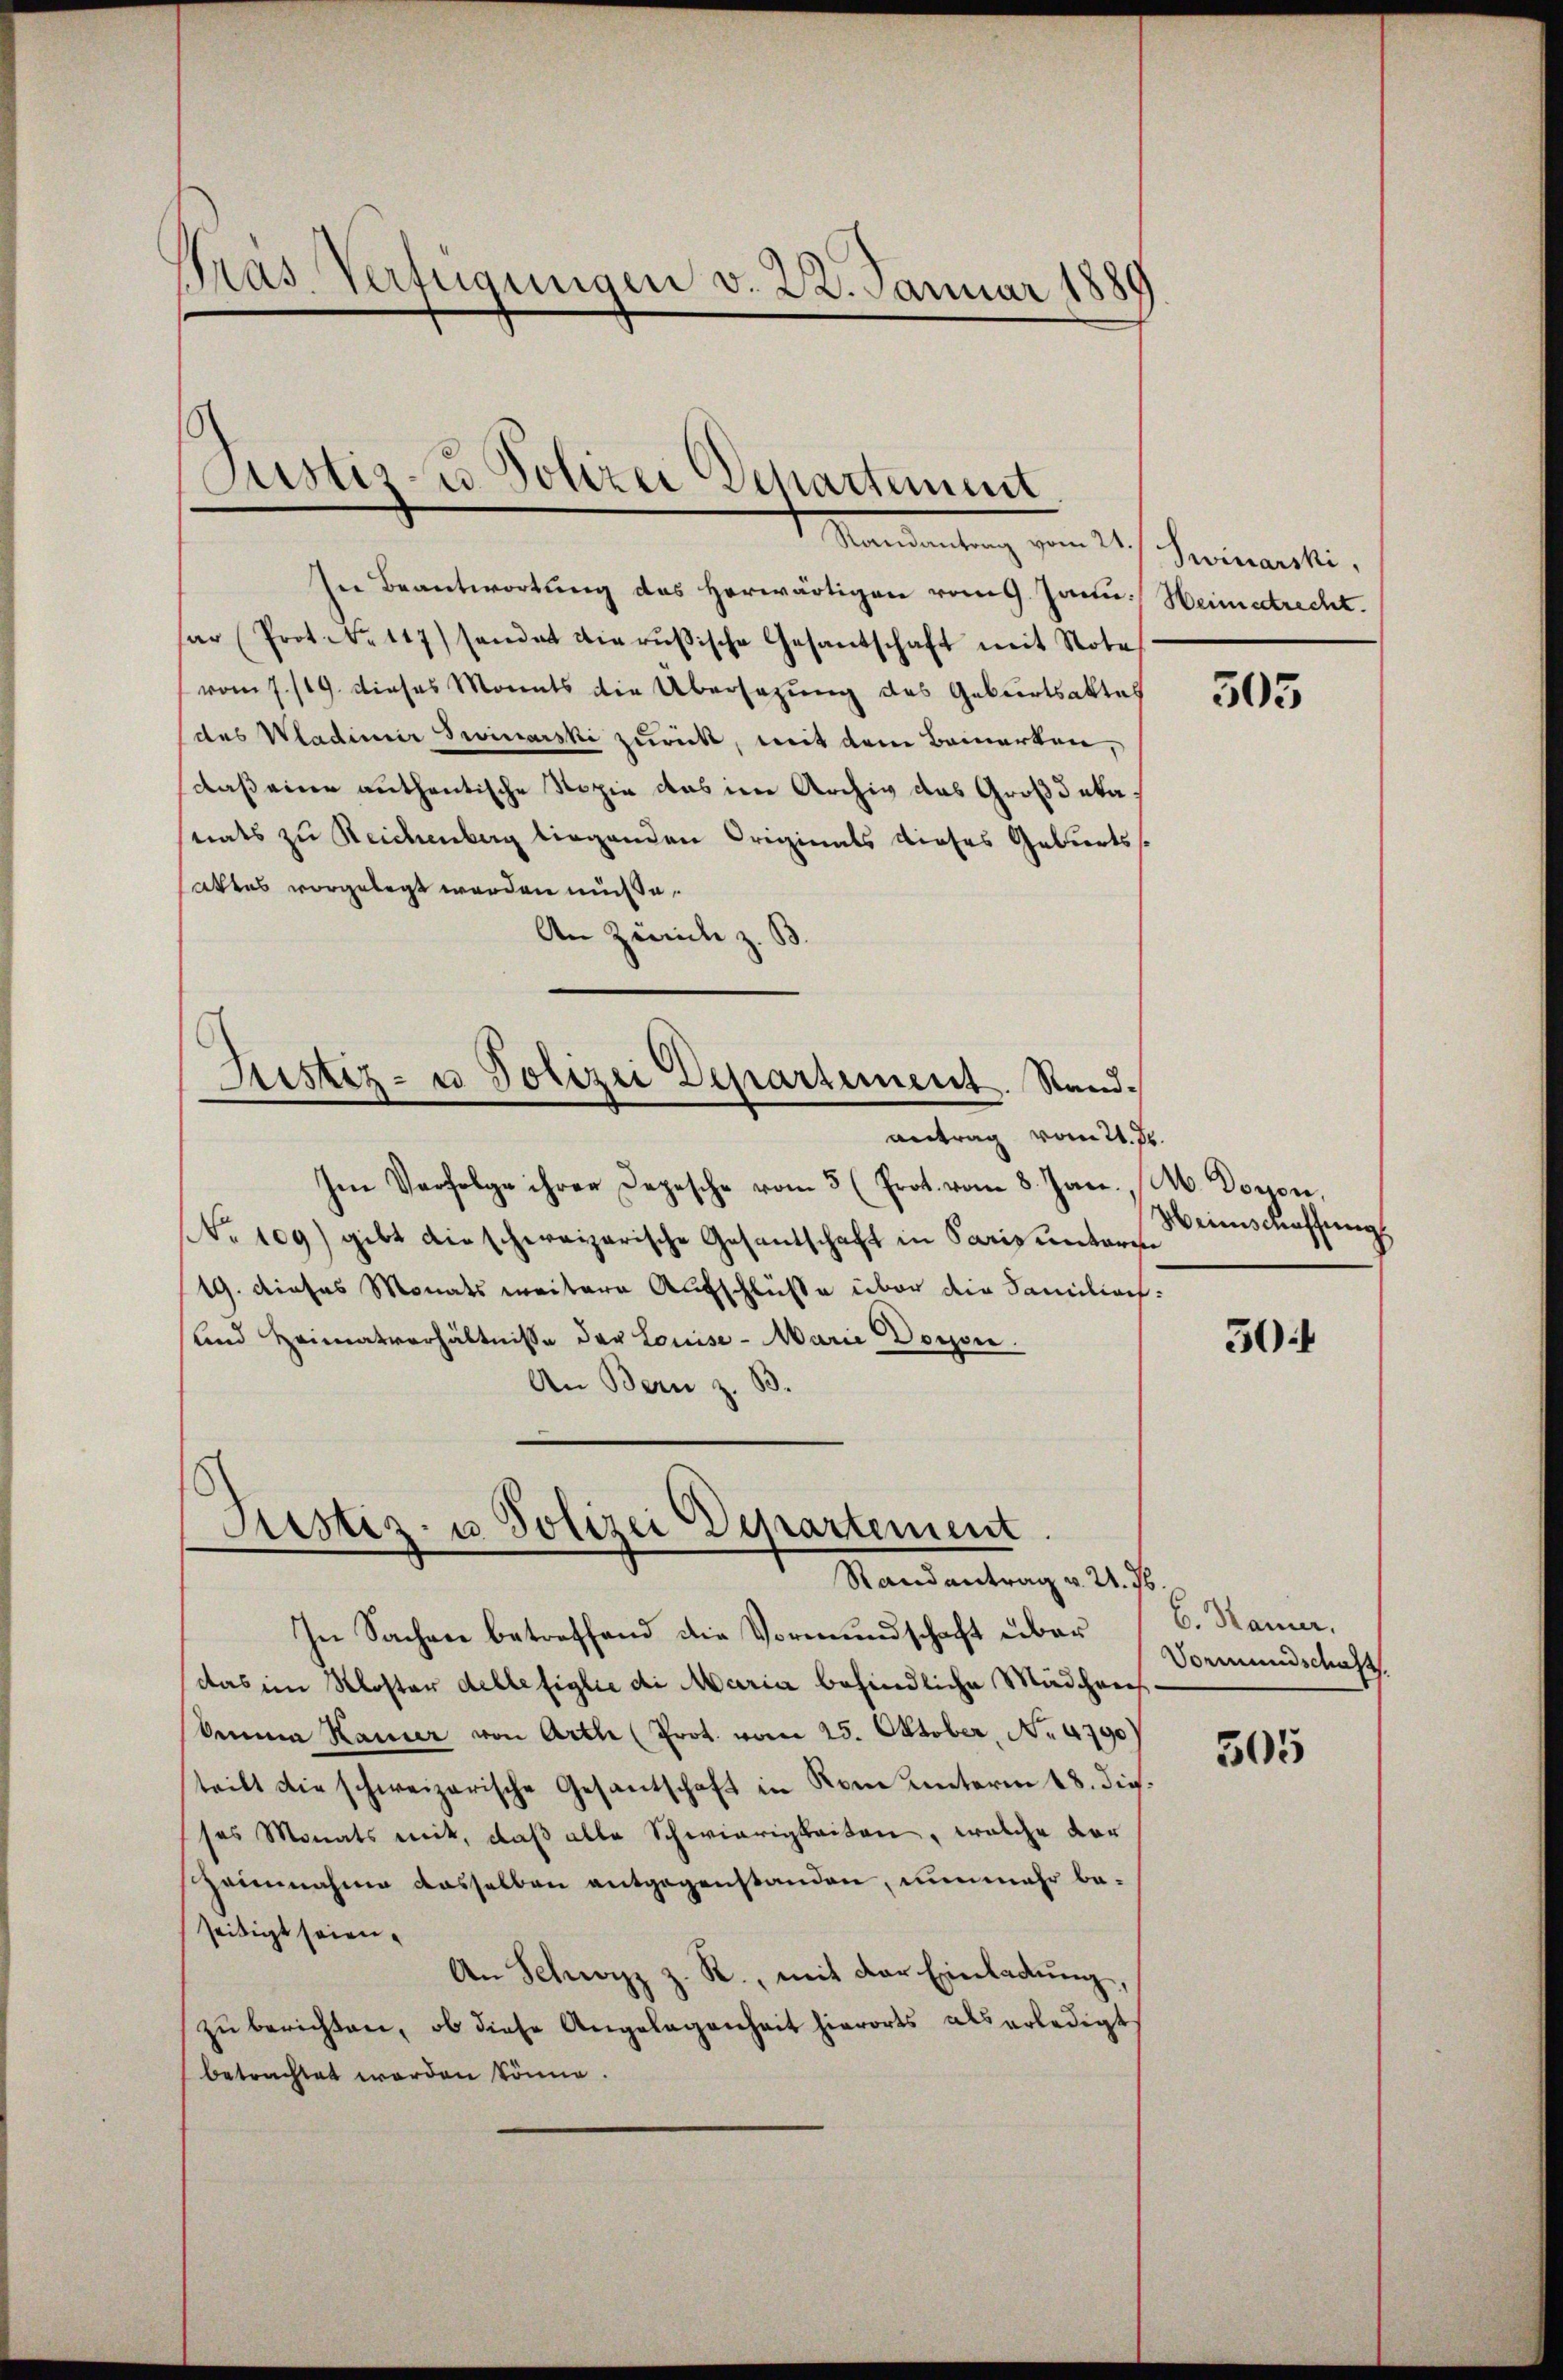
Pras. Verfügungen v. 22. Januar 1889

In Beantwortung des herwärtigen vom 9. Janu: Heimettrecht.
ar (Prot. . 117) sandat vierŭβische Gesantschaft mit Note
vom 7./19. dieses Monats die Übersatzung des Geburtsaktes
(des Wladimir seinarski zurück, mit dem Bemerken,
daß eine authentische Kopie das im Archiv das Großdekanats zu Reichenberg liegenden Originals dieses Geburtss
Attes vorgelegt werden müsse.
An Zürich z. B.

Justiz- u. Polizei Departement
Mandantung vom 24 s. Seminarski,

Justiz- u Polizei Departement. Sandantrag vom 21. Js.

Ien Verfolge ihrer Depesche vom 5 (Prot. vom 8. Jan., M. Doyen,
NNo. 109) gibt die schereizerische Gesantschaft in Paris unteren
19. dieses Monats weitern Aufschlüße über die Familiech.
und Heimatverhältnisse der Louise - Marie Doron.
An Bern z. B.

Justiz- u Polizei Departement
Randantrag v. U. s

In Sachen betreffend die Vormundschaft über
das im Kloster delle figlie di Maria befindliche Mädchens
kenia Kamer von Arth (Prot. vom 25. Oktober, No 4790)
teilt die schweizerische Gesantschaft in Rom unterm 18. die.
ses Monats mit, daß alle Schwierigkeiten, welche vor
Zeinnahme dasselben entgegenstanden, nunmehr beseitigt seien.
An Schwyz z. R., mit der Einladŭng,
zŭ berichten, ob diese Angelegenheit hierorts als erledigt
betrachtet worden könne.

305

Weinschaffung

50:

b. Kamer.
Vormundschaft

505